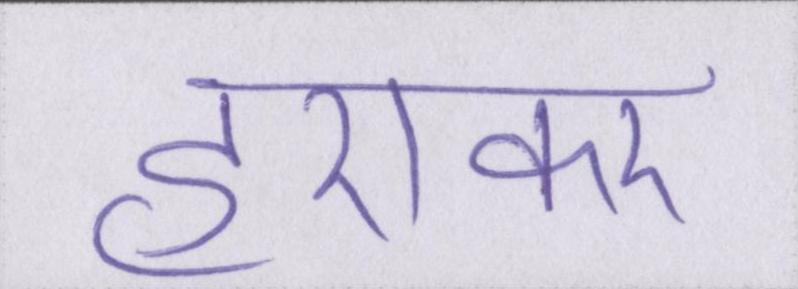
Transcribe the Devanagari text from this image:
हराकर